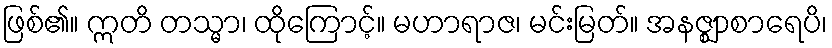
ဖြစ်၏။ ဣတိ တသ္မာ၊ ထိုကြောင့်။ မဟာရာဇ၊ မင်းမြတ်။ အနဇ္ဈာစာရေပိ၊